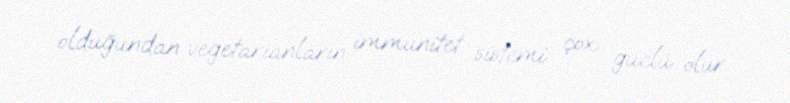
olduğundan vegetarianların immunitet sistemi çox güclü olur.